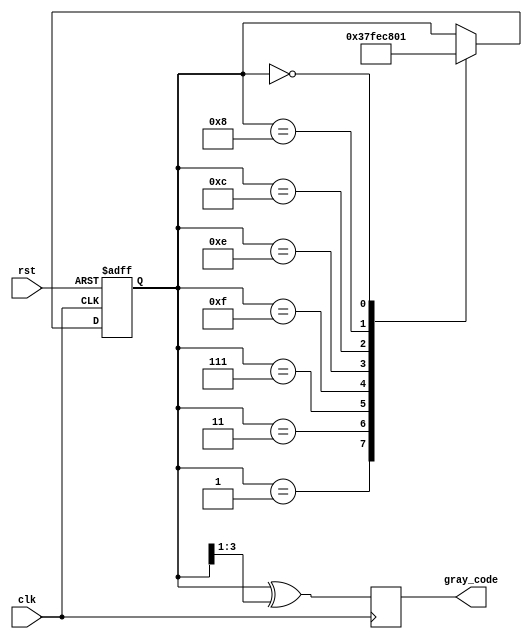
module johnson_gray_counter (
  input wire clk,
  input wire rst,
  output reg [3:0] gray_code
);

reg [3:0] state;

always @(posedge clk or posedge rst) begin
  if (rst) begin
    state <= 4'b0001;
  end else begin
    case (state)
      4'b0001: state <= 4'b0011;
      4'b0011: state <= 4'b0111;
      4'b0111: state <= 4'b1111;
      4'b1111: state <= 4'b1110;
      4'b1110: state <= 4'b1100;
      4'b1100: state <= 4'b1000;
      4'b1000: state <= 4'b0000;
      4'b0000: state <= 4'b0001;
    endcase
  end
end

always @(posedge clk) begin
  gray_code <= state ^ (state >> 1);
end

endmodule